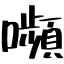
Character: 嚬